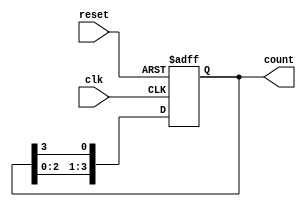
module bistable_ring_counter #(
    parameter N = 4 // Number of flip-flops (bits)
)(
    input wire clk,     // Clock signal
    input wire reset,   // Asynchronous reset signal
    output reg [N-1:0] count // Output count
);

// Initialize the counter to a known state
always @(posedge clk or posedge reset) begin
    if (reset) begin
        // Reset the counter to the initial state (1000 for 4 bits)
        count <= 1'b1 << (N-1); // Set the highest bit to 1, others to 0
    end else begin
        // Shift the '1' bit to the right in a circular manner
        count <= {count[N-2:0], count[N-1]}; // Shift left and wrap around
    end
end

endmodule